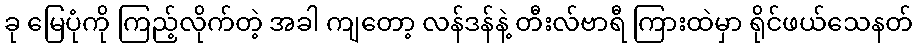
ခု မြေပုံကို ကြည့်လိုက်တဲ့ အခါ ကျတော့ လန်ဒန်နဲ့ တီးလ်ဗာရီ ကြားထဲမှာ ရိုင်ဖယ်သေနတ်